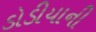
ડોડીયાની